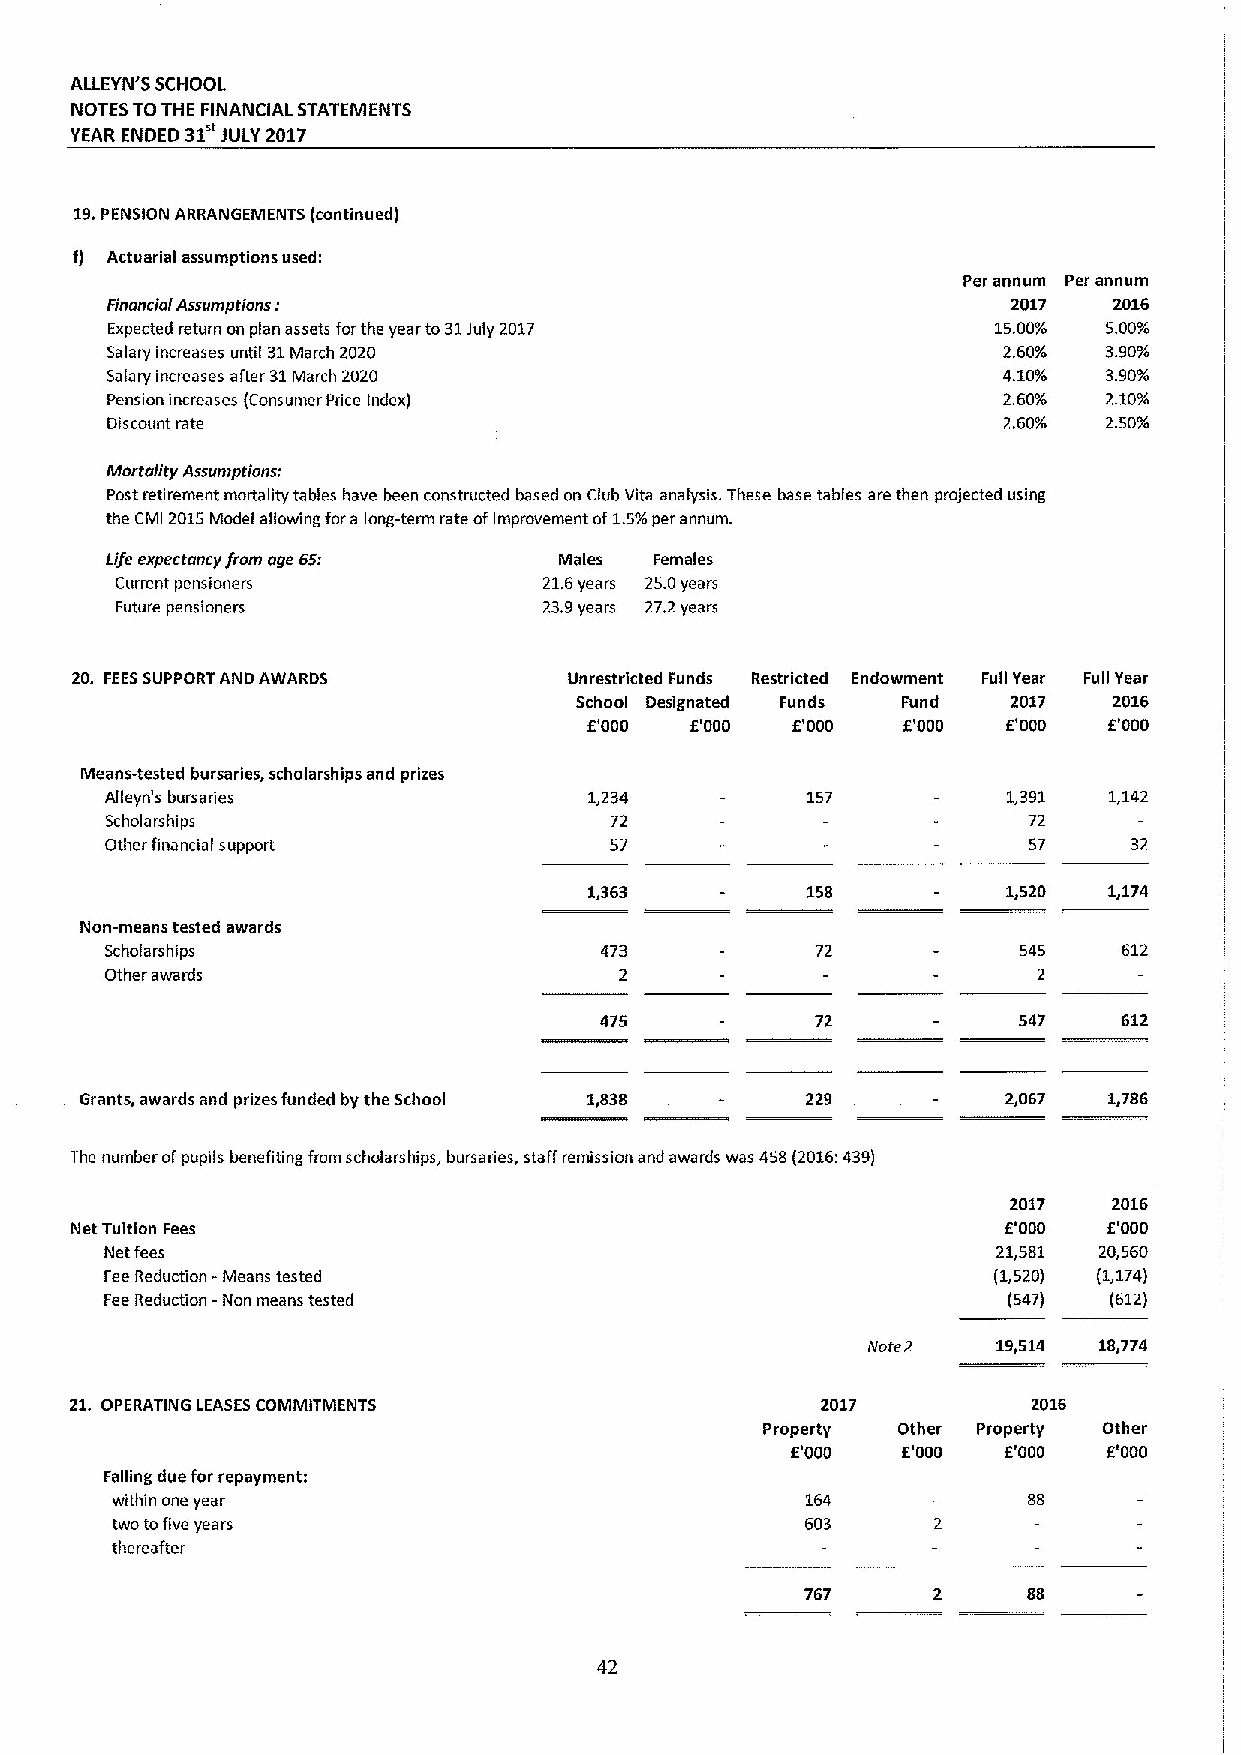
ALLEYN'5 SCHOOL
 NOTES TOTHE FINANCIAL STATEMENTS
 YEAR ENDED 31 JULY 2017
 19.PENSION ARRANGEMENTS (continued)
 f) Actuarial assumptions used:
 Per annum Per annum
 Financial Assumptions:                                      2017   2016
 Expected return on plan assets forthe year to31July 2017   15.00% 5.00%
 Salary increases until 31March 2020                        2.60%  3.90%
 Salary increases after 31March 2020                        4.10%  3.90%
 Pension increases (Consumer Pdca Index)                    2.60%  2,10%
 Discount rate                                              2,60%  2.50%
 Mortality Assumptions:
 Post retirement mortality tables have been constructed based on Club Vita analysis. These base tables are then projected using
 the CMI 2015Model allowing fora lang-term rate ofimprovement of1.5%per annum.
 Life expectancy from oge 65r  Males Females
 Current pensioners          21.6years 25.0years
 Future pensioners           23.9years 27.2years
 20. FEESSUPPORT AND AWARDS       Unrestricted Funds Restricted Endowment Full Year Full Year
 School Designated Funds Fund 2017   2016
 6'000  F.'000 6'000  F.'000 E'000 E'000
 Means-tested bursaries, scholarships and prizes
 Alleyn's bursaries              1,234         157           1,391 1,142
 Scholarships                     72                          72
 Other financiaIs up port         57                          57     32
 1,363         158           1,520 1,174
 Non-means tested awards
 Scholarships                     473           72           545    612
 Other awards                      2                           2
 475           72           547    612
 Grants, awards and prizes funded by the School 1,838 229      2,067 1,786
 The number ofpupils benefiting from scholars hips, bursa ries, staff remission and awards was 458(2016:439)
 2017   2016
 Net Tuition Fees                                             E'000  E'000
 Net fees                                                   21,581 20,560
 Fee Reduction -Means tested                                (1,520) (1,174)
 Fee Reduction —Non means tested                             (547) (612)
 Note 2   19,514 18,774
 21. OPERATING LEASESCOMMITMENTS                  2017          2016
 Property Other Property Other
 E'000   '000   '000  6'000
 E.    E.
 Falling due for repayment:
 within one year                               164            88
 two tofive years                              603
 thereafter
 767      2     88
 42